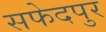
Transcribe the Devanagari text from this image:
सफेदपुर